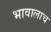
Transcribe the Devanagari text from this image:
भावालाच